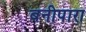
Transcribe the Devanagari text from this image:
बनीपारा